Madras plague regulations in force outside the Presidency town - Volume 2
Disease focus: Plague
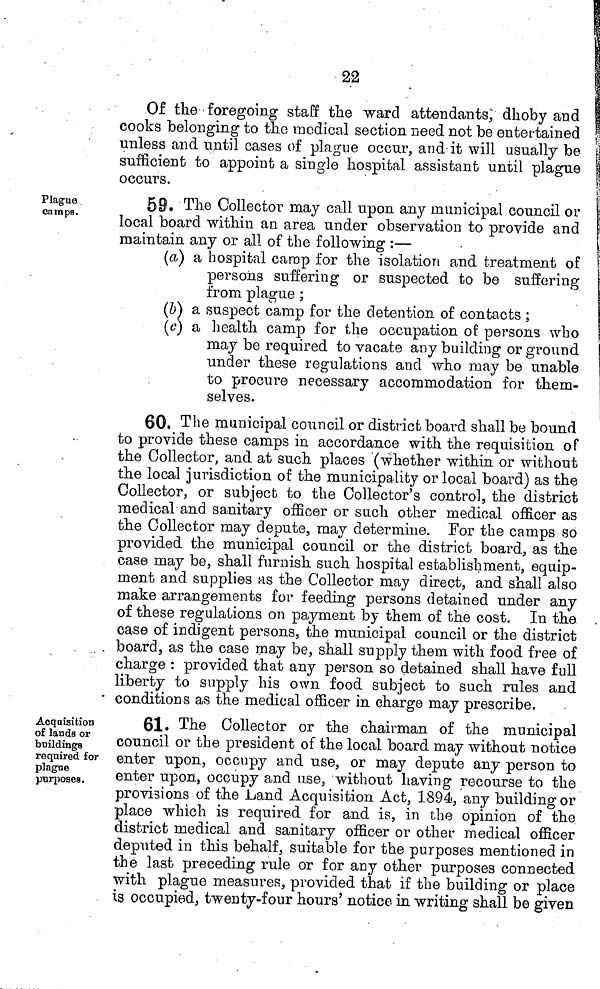
22
Of the foregoing staff the ward attendants, dhoby and
cooks belonging to the medical section need not be entertained
unless and until cases of plague occur, and it will usually be
sufficient to appoint a single hospital assistant until plague
occurs.
Plague
camps.
59. The Collector may call upon any municipal council or
local board within an area under observation to provide and
maintain any or all of the following :—
(a) a hospital camp for the isolation and treatment of
persons suffering or suspected to be suffering
from plague ;
(b) a suspect camp for the detention of contacts ;
(c) a health camp for the occupation of persons who
may be required to vacate any building or ground
under these regulations and who may be unable
to procure necessary accommodation for them-
selves.
60. The municipal council or district board shall be bound
to provide these camps in accordance with the requisition of
the Collector, and at such places (whether within or without
the local jurisdiction of the municipality or local board) as the
Collector, or subject to the Collector's control, the district
medical and sanitary officer or such other medical officer as
the Collector may depute, may determine. For the camps so
provided the municipal council or the district board, as the
case may be, shall furnish such hospital establishment, equip-
ment and supplies as the Collector may direct, and shall also
make arrangements for feeding persons detained under any
of these regulations on payment by them of the cost. In the
case of indigent persons, the municipal council or the district
board, as the case may be, shall supply them with food free of
charge : provided that any person so detained shall have full
liberty to supply his own food subject to such rules and
• conditions as the medical officer in charge may prescribe.
Acquisition
of lands or
buildings
required for
plague
purposes.
61. The Collector or the chairman of the municipal
council or the president of the local board may without notice
enter upon, occupy and use, or may depute any person to
enter upon, occupy and use, without having recourse to the
provisions of the Land Acquisition Act, 1894, any building or
place which is required for and is, in the opinion of the
district medical and sanitary officer or other medical officer
deputed in this behalf, suitable for the purposes mentioned in
the last preceding rule or for any other purposes connected
with plague measures, provided that if the building or place
is occupied, twenty-four hours' notice in writing shall be given